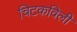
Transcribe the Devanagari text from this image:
चिटकविली